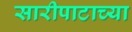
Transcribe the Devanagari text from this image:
सारीपाटाच्या